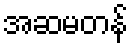
အဆမတန်